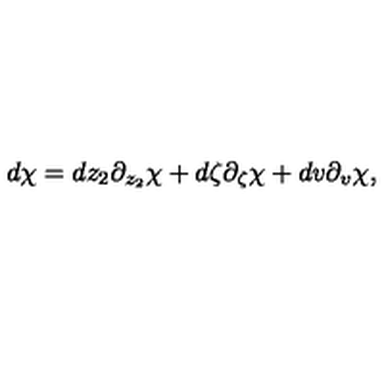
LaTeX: d \chi = d z _ { 2 } \partial _ { z _ { 2 } } \chi + d \zeta \partial _ { \zeta } \chi + d v \partial _ { v } \chi ,